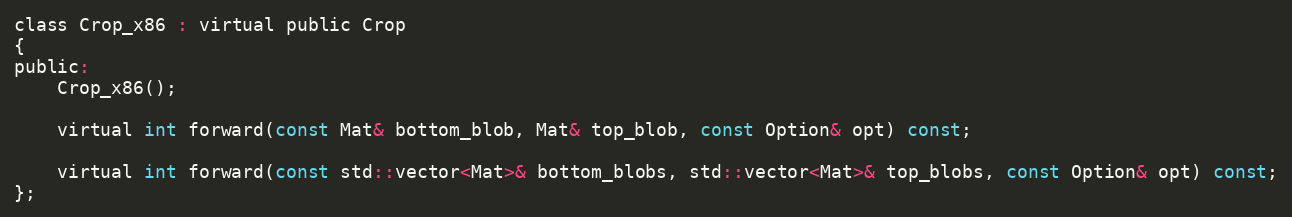
Language: C
class Crop_x86 : virtual public Crop
{
public:
    Crop_x86();

    virtual int forward(const Mat& bottom_blob, Mat& top_blob, const Option& opt) const;

    virtual int forward(const std::vector<Mat>& bottom_blobs, std::vector<Mat>& top_blobs, const Option& opt) const;
};